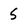
Character: 5